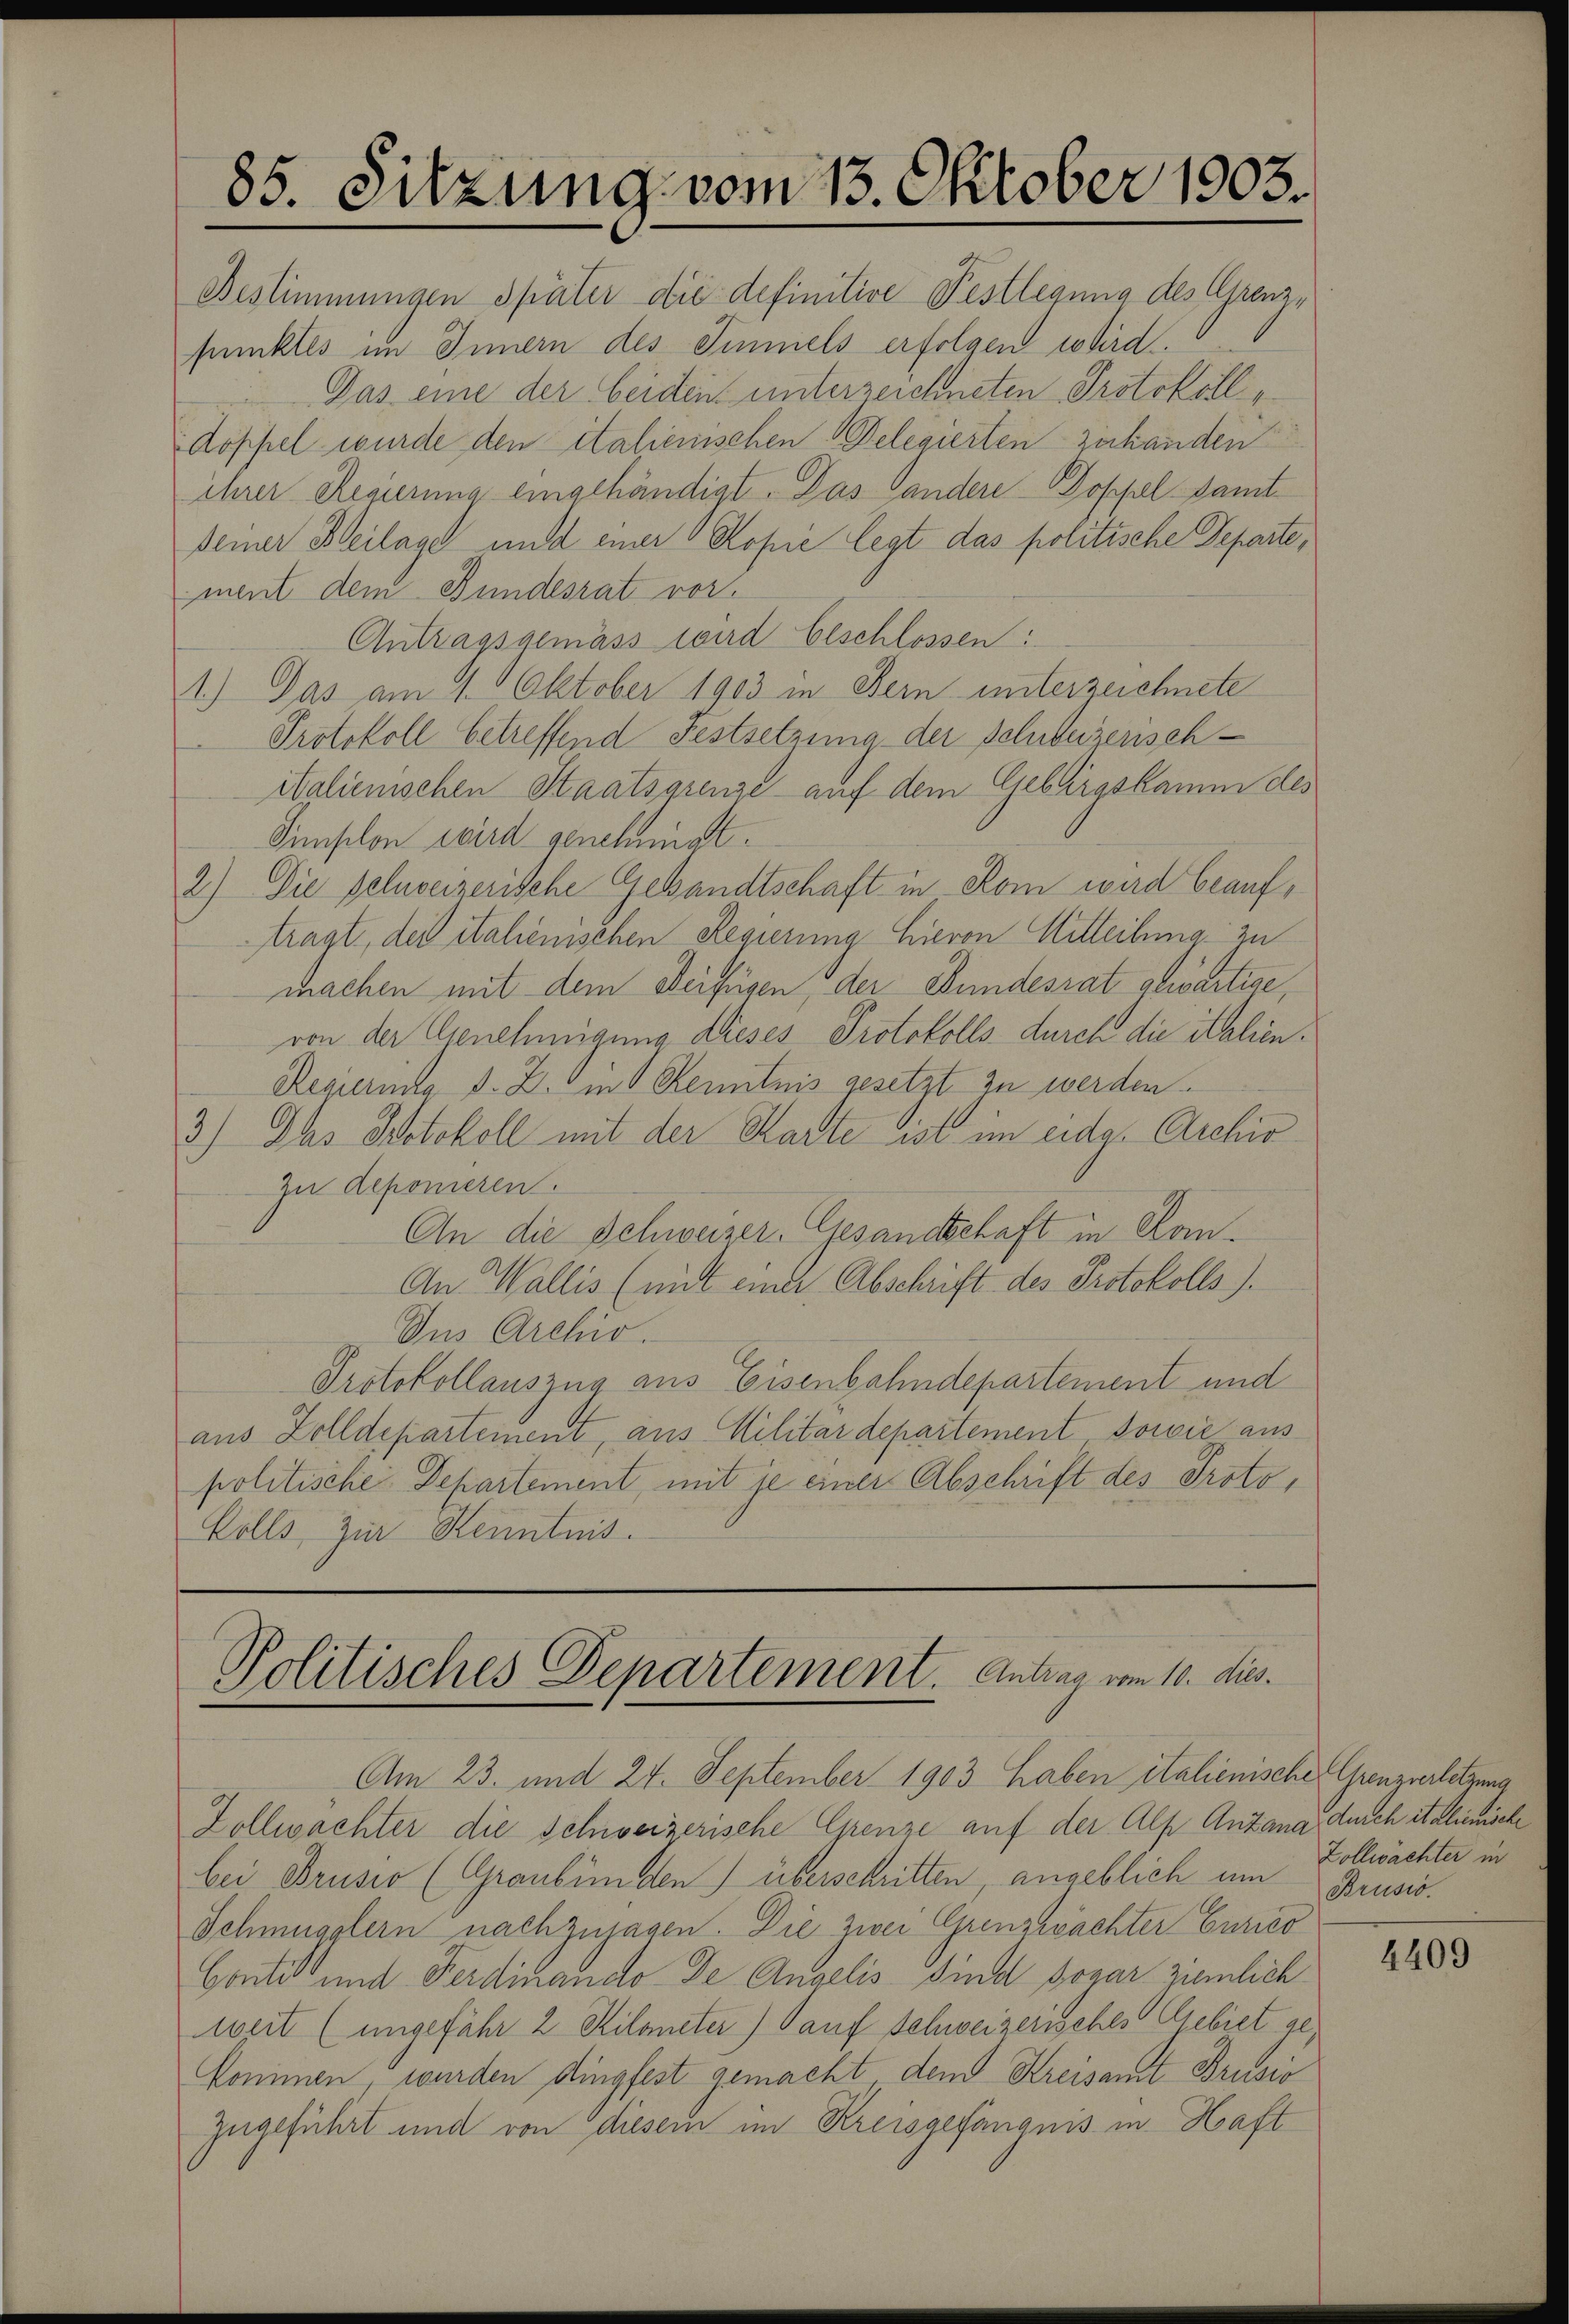
85. Sitzung vom 13. Oktober 1903.

Bestimmungen später die definitive Festlegung des Grenzpunkles im Innern des Simmels erfolgen wird.
Das eine der beiden unterzeichneten Protokoll,
Köpfel wurde den italienischen Delegierten zu handen
ihrer Regierung eingehändigt. Das Landere Doppel samt-
seiner Beilage und einer Kopie legt das politische Departe,
ment dem Bundesrat vor.
Antragsgemäss wird beschlossen:
1.) Das am 1. Oktober 1903 in Bern unterzeichnete
Protokoll betreffend Festsetzung der Schubeizenschialienischen Staatsgrenze auf dem Gebirgskamm des
Sünstlon wird genehmigt.
2.) Die schweizerische Gesandtschaft in Rom wird beauftragt, der italienischen Regierung hievon Mitteilung zu
machen mit dem Beifüsen der Bundesrat abwartiae,
von der Genehmigung dieses Protokolls durch die italien.
Regierung d. Z. in Kenntnis gesetzt zu werden.
3.) Das Protokoll mit der Stadte ist im eidg. Archiv
Zu deponieren.
An die Schweizer. Gesandschaft in Kon¬
An Wallis (mit einer Abschrift des Protokolls).
Ins Archiv.
Protokollauszug aus Eisenbahndepartement und
aus Zolldepartement, aus Militärdepartement, sowie aus
politische Departement, mit je einer Abschrift des Proto¬
Kölls zur Kenntnis.

Politisches Departement. Antrag vom 10. dies

Am 23. und 24. September 1903 haben italienische Grenzverletzung
Zollwachter die Schweizerische Grenze auf der Alp Anzana durch italienische
bei Brusio (Graubünden) überschritten, angeblich um Zollwächter in
Schmugglern nachzusagen. Die zwei Grenzwachter Curico
Conti und Ferdinando de Angelis Sind sogar ziemlich
weit (ungefähr 2 Kilometer) auf Schweizerisches Gebiet gekommen, wurden dingfest gemacht dem Kreisamt Brusio
zugeführt und von diesem im Kreisgefängnis in Haft

Brusio.

4409